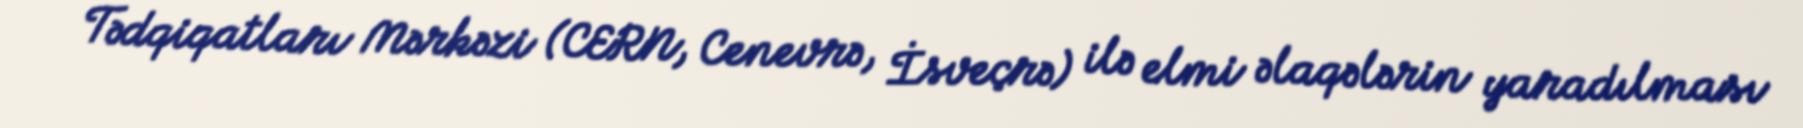
Tədqiqatları Mərkəzi (CERN, Cenevrə, İsveçrə) ilə elmi əlaqələrin yaradılması